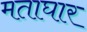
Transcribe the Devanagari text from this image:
मताघार